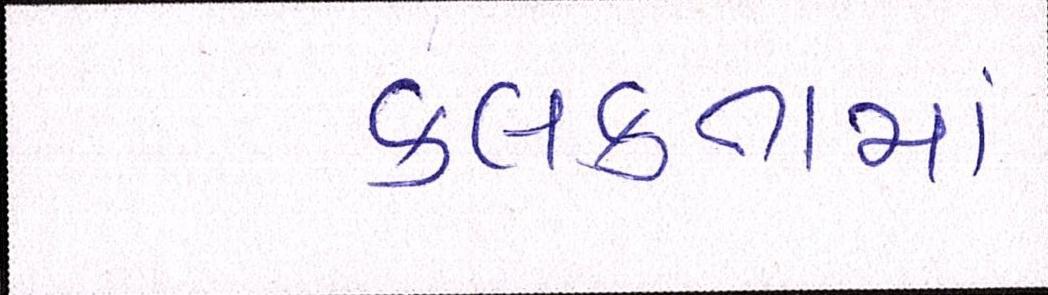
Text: કલકતામાં